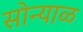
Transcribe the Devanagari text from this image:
सोन्याळ